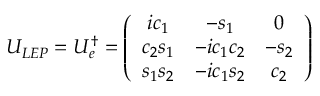
U _ { L E P } = U _ { e } ^ { \dagger } = \left( \begin{array} { c c c } { { i c _ { 1 } } } & { { - s _ { 1 } } } & { { 0 } } \\ { { c _ { 2 } s _ { 1 } } } & { { - i c _ { 1 } c _ { 2 } } } & { { - s _ { 2 } } } \\ { { s _ { 1 } s _ { 2 } } } & { { - i c _ { 1 } s _ { 2 } } } & { { c _ { 2 } } } \end{array} \right)